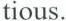
tious.